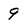
Character: 9